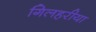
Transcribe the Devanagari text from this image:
गिलहरीया